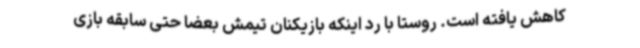
کاهش یافته است. روستا با رد اینکه بازیکنان تیمش بعضا حتی سابقه بازی